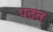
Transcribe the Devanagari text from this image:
पठत